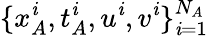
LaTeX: \{ x_{A}^{\mathit{i}},t_{A}^{\mathit{i}},u^{\mathit{i}},v^{\mathit{i}}\} _{\mathit{i}=1}^{N_{A}}